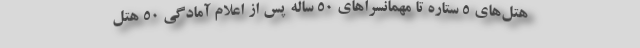
هتل‌های ۵ ستاره تا مهمانسراهای ۵۰ ساله پس از اعلام آمادگی ۵۰ هتل